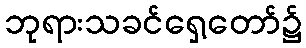
ဘုရားသခင်ရှေ့တော်၌